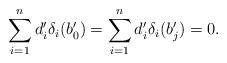
LaTeX: \begin{align*} \sum_{i=1}^{n} d_i'\delta_i(b_0') = \sum_{i=1}^{n} d_i'\delta_i(b_j') = 0.\end{align*}